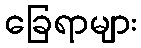
ခြေရာများ